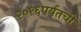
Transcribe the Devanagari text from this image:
२०१६पर्यंतची